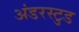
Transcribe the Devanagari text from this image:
अंडरस्टुड